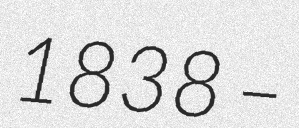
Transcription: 1838 –